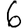
Digit: 6